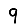
Digit: 9